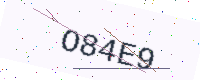
Text: O84E9